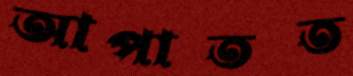
আপাতত